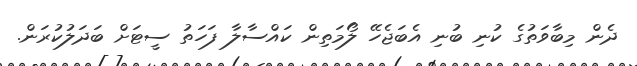
ދެން މިބާވަތުގެ ކުނި ބުނި އެބަޖެހޭ ލޯމަތިން ކައްސާލާ ފަހަތު ސީޓަށް ބަދަލުކުރަން.